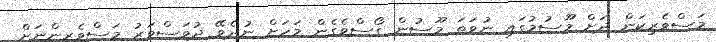
މަސްވެރިކަން ދަށް މޫސުމުގައި ނުވަތަ މޫސުން ގޯސްވެގެން މަހަށް ނުދެވޭ ދުވަސްވަރު މަސްވެރިންނަށް